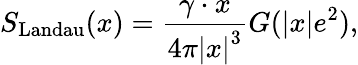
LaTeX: S_{\mathrm{Landau}}(x)=\frac{\gamma\cdot x}{4\pi\left|x\right|^{3}}G(\left|x\right|e^{2}),